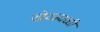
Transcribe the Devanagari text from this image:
खेळवळी